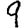
Digit: 9